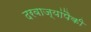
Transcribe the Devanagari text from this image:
दरवाज्यांपैकी